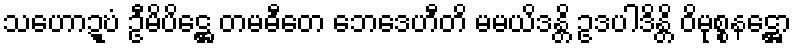
သဟောဍ္ဎံ ဦမိပိဋ္ဌေ တမဓီတေ ဘေဒေဟီတိ မမယိဒန္တိ ဥဒပါဒိန္တိ ဝိမုစ္စနဋ္ဌော